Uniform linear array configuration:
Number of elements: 64
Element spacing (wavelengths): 0.75
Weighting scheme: exponential
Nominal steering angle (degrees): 45
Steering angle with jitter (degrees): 44.562
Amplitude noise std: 0.05
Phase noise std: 0.05

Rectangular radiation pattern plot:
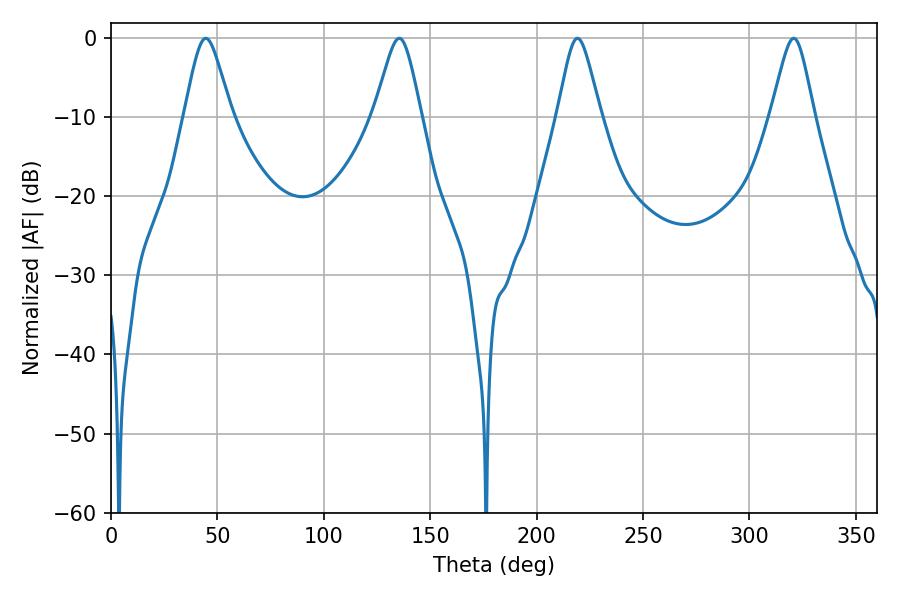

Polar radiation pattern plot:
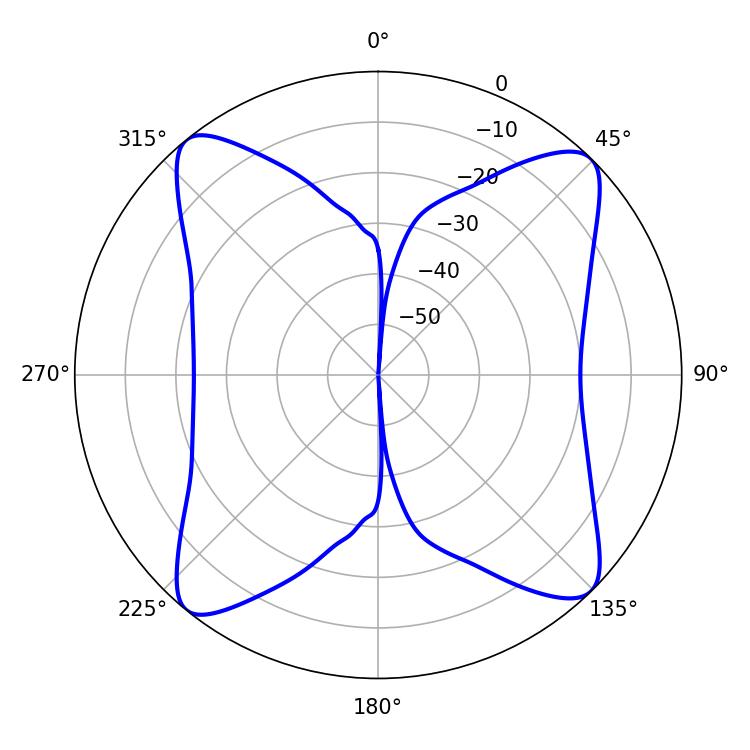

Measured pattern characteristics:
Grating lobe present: TRUE
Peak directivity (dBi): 15.044
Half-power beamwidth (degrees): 9.72
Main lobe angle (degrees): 219.24